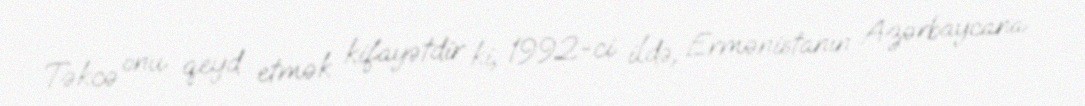
Təkcə onu qeyd etmək kifayətdir ki, 1992-ci ildə, Ermənistanın Azərbaycana